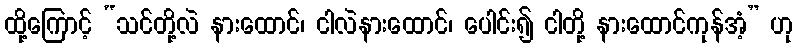
ထို့ကြောင့် “သင်တို့လဲ နားထောင်၊ ငါလဲနားထောင်၊ ပေါင်း၍ ငါတို့ နားထောင်ကုန်အံ့” ဟု